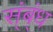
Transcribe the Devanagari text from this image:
स्ंब्ंध